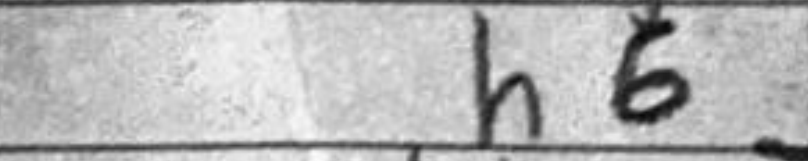
Transcription: h6